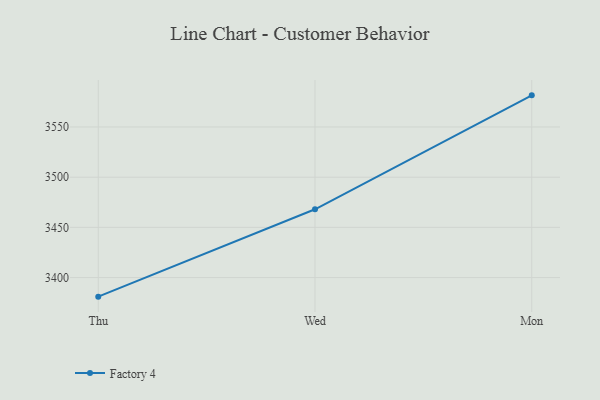
{"axis": {"x": "Day", "y": "Satisfaction Score"}, "legend": ["Factory 4"], "data": [{"x": "Thu", "y": 3381.0, "type": "Factory 4"}, {"x": "Wed", "y": 3468.0, "type": "Factory 4"}, {"x": "Mon", "y": 3581.5, "type": "Factory 4"}]}